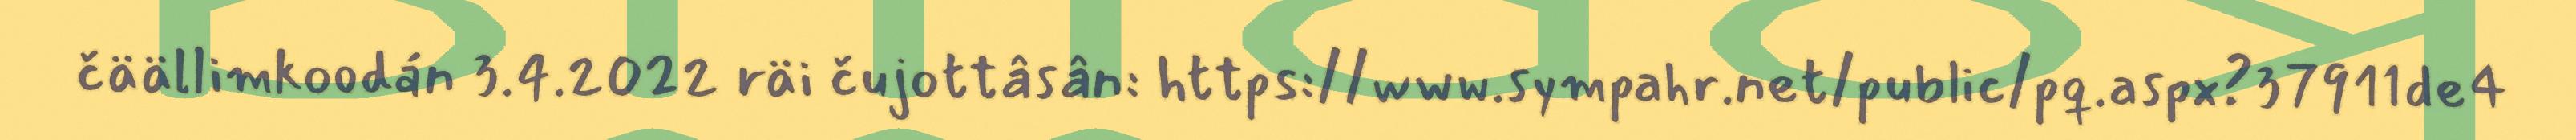
čäällimkoodán 3.4.2022 räi čujottâsân: https://www.sympahr.net/public/pq.aspx?37911de4